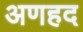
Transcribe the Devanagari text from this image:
अणहद